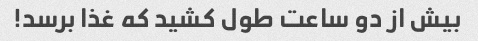
بیش از دو ساعت طول کشید که غذا برسد!